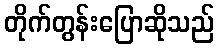
တိုက်တွန်းပြောဆိုသည်